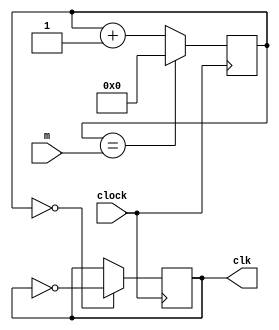
`timescale 1ns / 1ps
//////////////////////////////////////////////////////////////////////////////////
// Company: 
// Engineer: 
// 
// Design Name: 
// Module Name: flexible_clock
// Project Name: 
// Target Devices: 
// Tool Versions: 
// Description: 
// 
// Dependencies: 
// 
// Revision:
// Revision 0.01 - File Created
// Additional Comments:
// 
//////////////////////////////////////////////////////////////////////////////////


module flexible_clock(input clock, input [31:0] m, output reg clk);
    reg [31:0] count = 0;
    initial begin
        clk = 0;
    end
    always @ (posedge clock) begin
        count <= (count == m) ? 0 : count + 1;
        clk <= (count == 0) ? ~clk : clk;
    end
endmodule